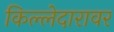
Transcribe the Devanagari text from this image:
किल्लेदारावर